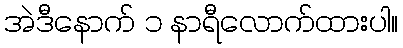
အဲဒီနောက် ၁ နာရီလောက်ထားပါ။